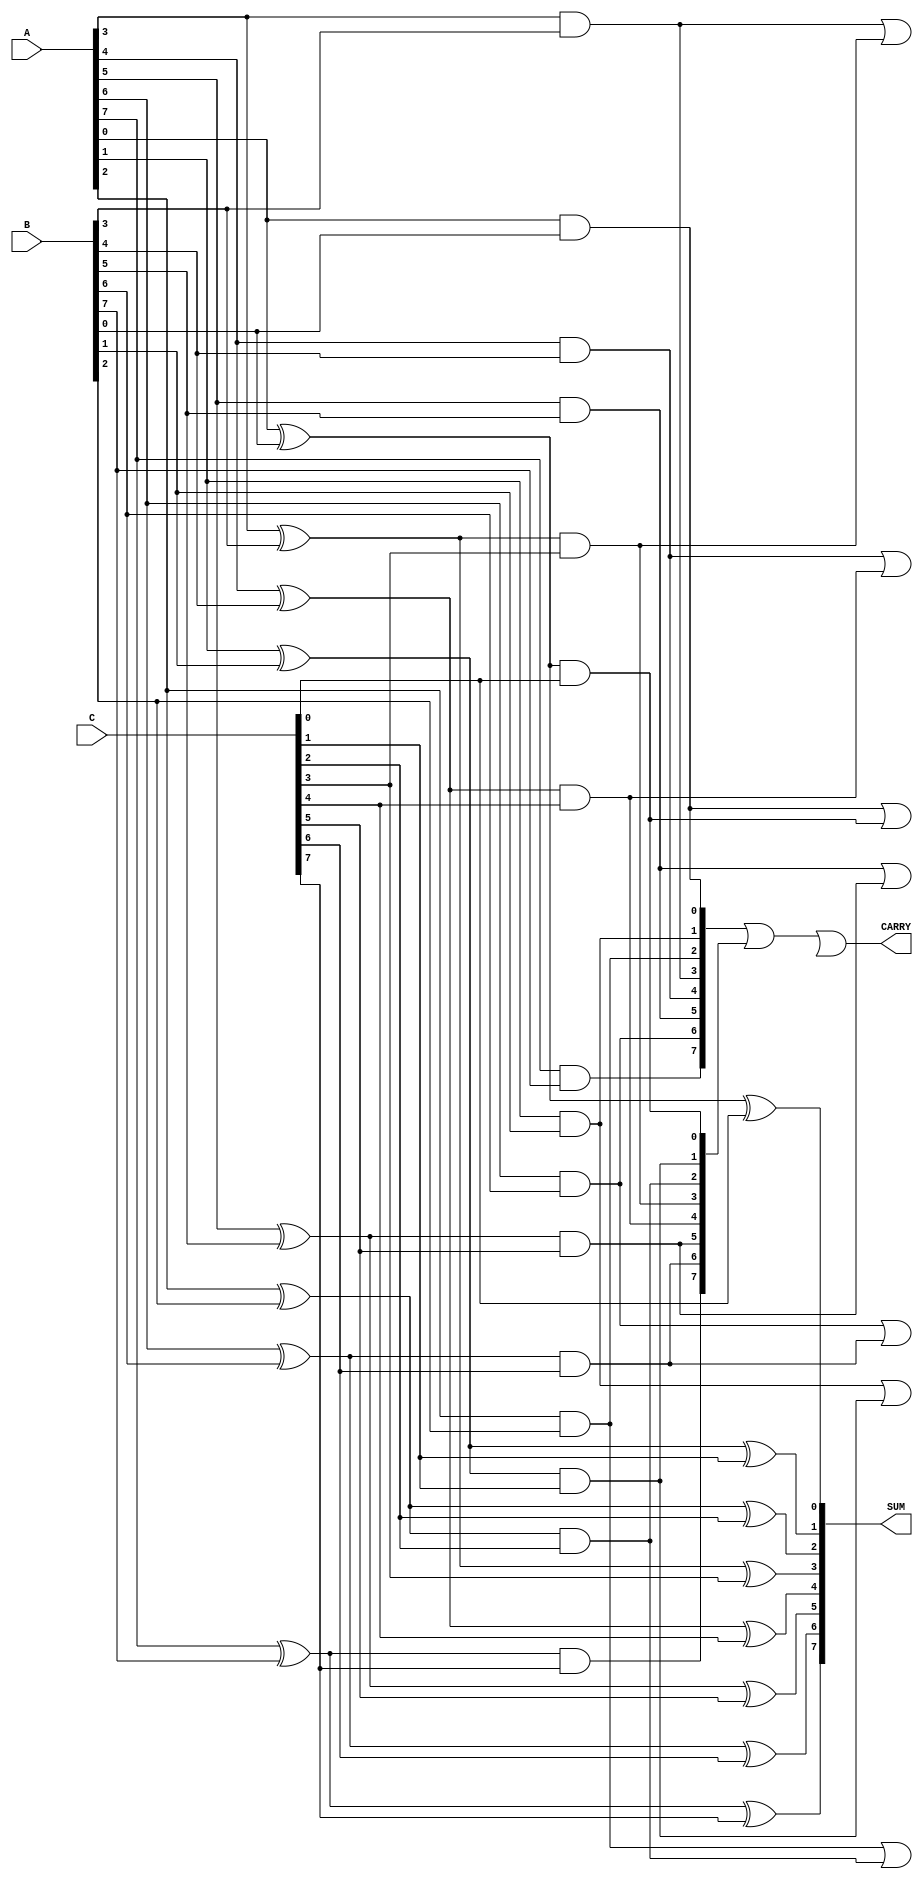
module CarrySaveAdder #(parameter WIDTH = 8) (
    input  wire [WIDTH-1:0] A, // First input
    input  wire [WIDTH-1:0] B, // Second input
    input  wire [WIDTH-1:0] C, // Third input
    output wire [WIDTH-1:0] SUM, // Final sum output
    output wire [WIDTH-1:0] CARRY // Final carry output
);

    wire [WIDTH-1:0] partial_sum_1;
    wire [WIDTH-1:0] carry_1;
    wire [WIDTH-1:0] partial_sum_2;
    wire [WIDTH-1:0] carry_2;

    // Stage 1: Add A and B
    generate
        genvar i;
        for (i = 0; i < WIDTH; i = i + 1) begin: CSA_stage1
            assign partial_sum_1[i] = A[i] ^ B[i]; // Partial Sum for A and B
            assign carry_1[i] = A[i] & B[i]; // Carry for A and B
        end
    endgenerate

    // Stage 2: Add partial_sum_1 and C
    generate
        for (i = 0; i < WIDTH; i = i + 1) begin: CSA_stage2
            assign partial_sum_2[i] = partial_sum_1[i] ^ C[i]; // Partial Sum for stage 1 and C
            assign carry_2[i] = partial_sum_1[i] & C[i]; // Carry for stage 1 and C
        end
    endgenerate

    // Final Stage: Combine carries
    wire [WIDTH-1:0] final_carry;
    generate
        for (i = 0; i < WIDTH-1; i = i + 1) begin: final_stage
            assign final_carry[i+1] = carry_1[i] | carry_2[i]; // Final Carry Calculation
        end
    endgenerate

    // Final outputs
    assign SUM = partial_sum_2; // Final sum output
    assign CARRY = carry_1 | carry_2 | final_carry; // Final carry output

endmodule